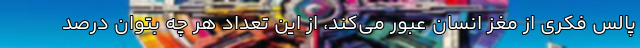
پالس فکری از مغز انسان عبور می‌کند، از این تعداد هر چه بتوان درصد